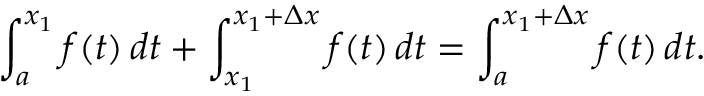
\int _ { a } ^ { x _ { 1 } } f ( t ) \, d t + \int _ { x _ { 1 } } ^ { x _ { 1 } + \Delta x } f ( t ) \, d t = \int _ { a } ^ { x _ { 1 } + \Delta x } f ( t ) \, d t .